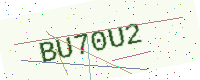
Text: BU70U2